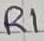
Text: R1